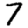
Digit: 7